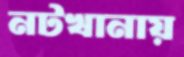
নটখানায়